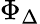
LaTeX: \Phi_{\Delta}